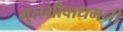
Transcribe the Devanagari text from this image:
मूलग्रीवाधमनी